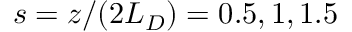
s = z / ( 2 L _ { D } ) = 0 . 5 , 1 , 1 . 5